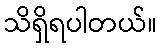
သိရှိရပါတယ်။